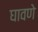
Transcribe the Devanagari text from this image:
घावणे